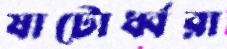
ষাটোর্ধ্বরা